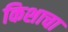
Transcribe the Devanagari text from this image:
किशाचा